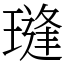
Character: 㻱